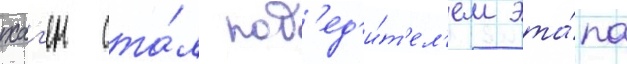
хаг'ен ста́л поб'ед'и́т'ел'ем эта́па